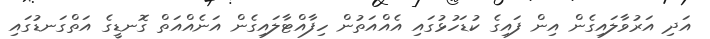
އަދި އަރުވާލައިގެން އިން ފައިގެ ކުޑަހުޅުގައި އެއްއަތުން ހިފާއްޓާލައިގެން އަނެއްއަތް ގޮނޑީގެ އަތްގަނޑުގައި